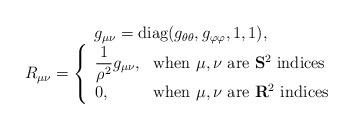
LaTeX: \begin{align*}\begin{array}{c}g_{\mu \nu}= \mbox{diag}(g_{\theta \theta},g_{\varphi \varphi}, 1, 1 ),\\R_{\mu \nu}=\left\{\begin{array}{ll}\displaystyle{1 \over \rho^2} g_{\mu \nu},&\mbox{when $\mu,\nu$ are ${\bf S}^2$ indices} \\0,&\mbox{when $\mu,\nu$ are ${\bf R}^2$ indices}\end{array}\right.\end{array}\end{align*}